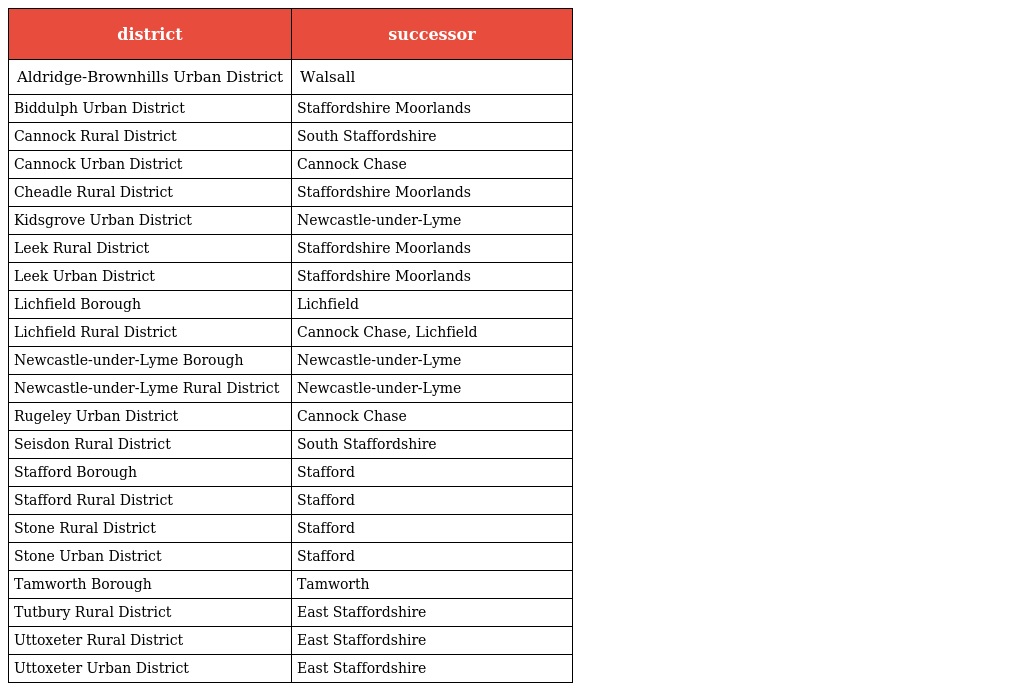
| district | successor |
 | --- | --- |
 | Aldridge-Brownhills Urban District | Walsall |
 | Biddulph Urban District | Staffordshire Moorlands |
 | Cannock Rural District | South Staffordshire |
 | Cannock Urban District | Cannock Chase |
 | Cheadle Rural District | Staffordshire Moorlands |
 | Kidsgrove Urban District | Newcastle-under-Lyme |
 | Leek Rural District | Staffordshire Moorlands |
 | Leek Urban District | Staffordshire Moorlands |
 | Lichfield Borough | Lichfield |
 | Lichfield Rural District | Cannock Chase, Lichfield |
 | Newcastle-under-Lyme Borough | Newcastle-under-Lyme |
 | Newcastle-under-Lyme Rural District | Newcastle-under-Lyme |
 | Rugeley Urban District | Cannock Chase |
 | Seisdon Rural District | South Staffordshire |
 | Stafford Borough | Stafford |
 | Stafford Rural District | Stafford |
 | Stone Rural District | Stafford |
 | Stone Urban District | Stafford |
 | Tamworth Borough | Tamworth |
 | Tutbury Rural District | East Staffordshire |
 | Uttoxeter Rural District | East Staffordshire |
 | Uttoxeter Urban District | East Staffordshire |